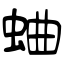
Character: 蛐